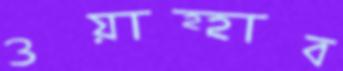
ওয়াহ্হাব